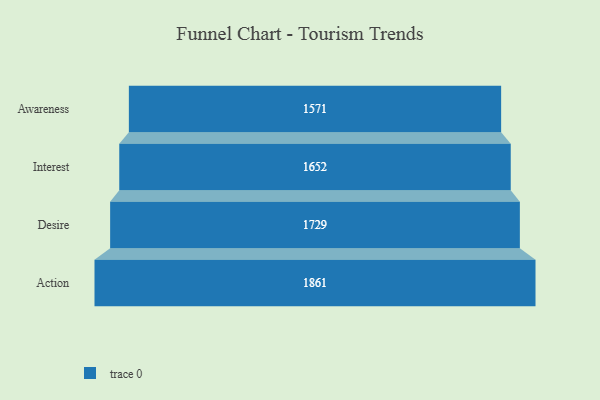
{"axis": {"x": "Stage", "y": "Value"}, "legend": [""], "data": [{"x": "Awareness", "y": 1571.0, "type": ""}, {"x": "Interest", "y": 1652.0, "type": ""}, {"x": "Desire", "y": 1729.0, "type": ""}, {"x": "Action", "y": 1861.0, "type": ""}]}